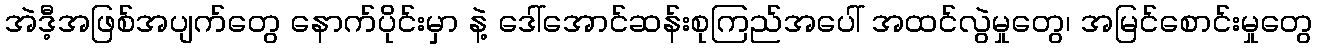
အဲဒီ့အဖြစ်အပျက်တွေ နောက်ပိုင်းမှာ နဲ့ ဒေါ်အောင်ဆန်းစုကြည်အပေါ် အထင်လွဲမှုတွေ၊ အမြင်စောင်းမှုတွေ